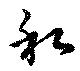
和